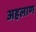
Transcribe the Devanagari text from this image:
अहलाण